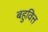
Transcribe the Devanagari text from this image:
बहुवित्त